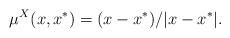
LaTeX: \begin{align*}\mu ^X (x, x^*) = (x - x^*)/|x - x^*|.\end{align*}